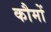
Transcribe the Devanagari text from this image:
कौमों